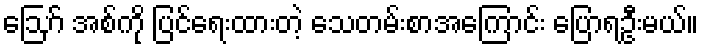
ဪ အစ်ကို ပြင်ရေးထားတဲ့ သေတမ်းစာအကြောင်း ပြောရဦးမယ်။